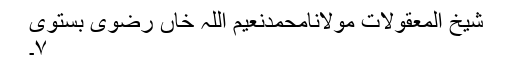
شیخ المعقولات مولانامحمدنعیم اللہ خاں رضوی بستوی
۷۔